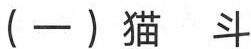
(-) 猫斗